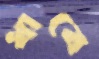
ধাবে